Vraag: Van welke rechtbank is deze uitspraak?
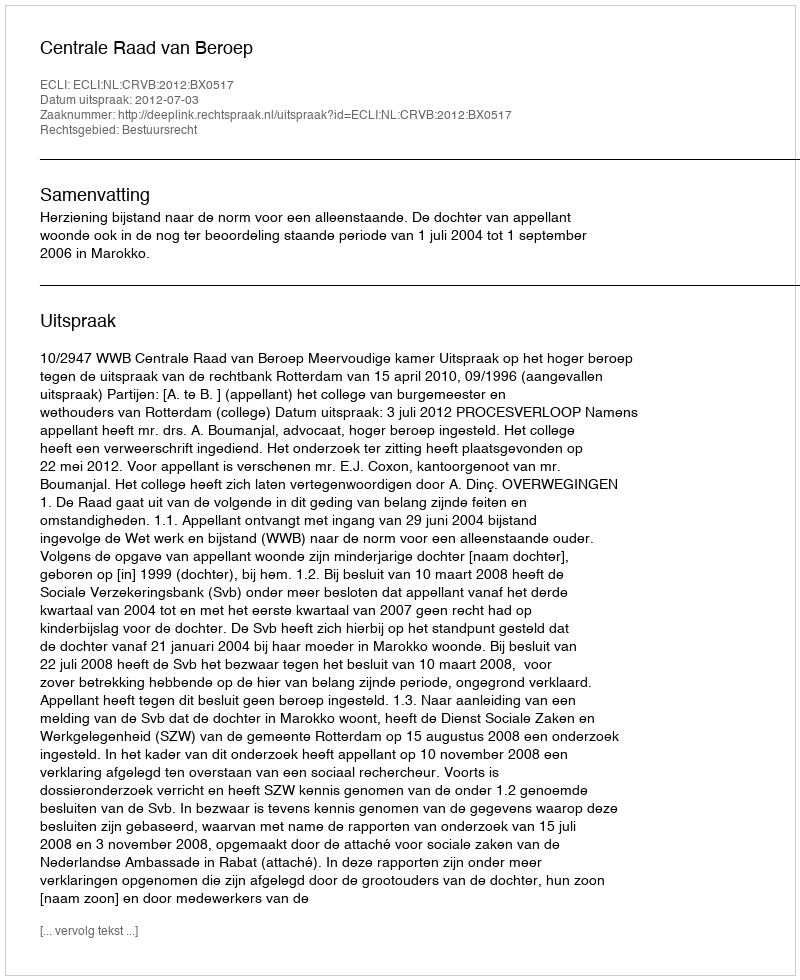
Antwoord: Centrale Raad van Beroep